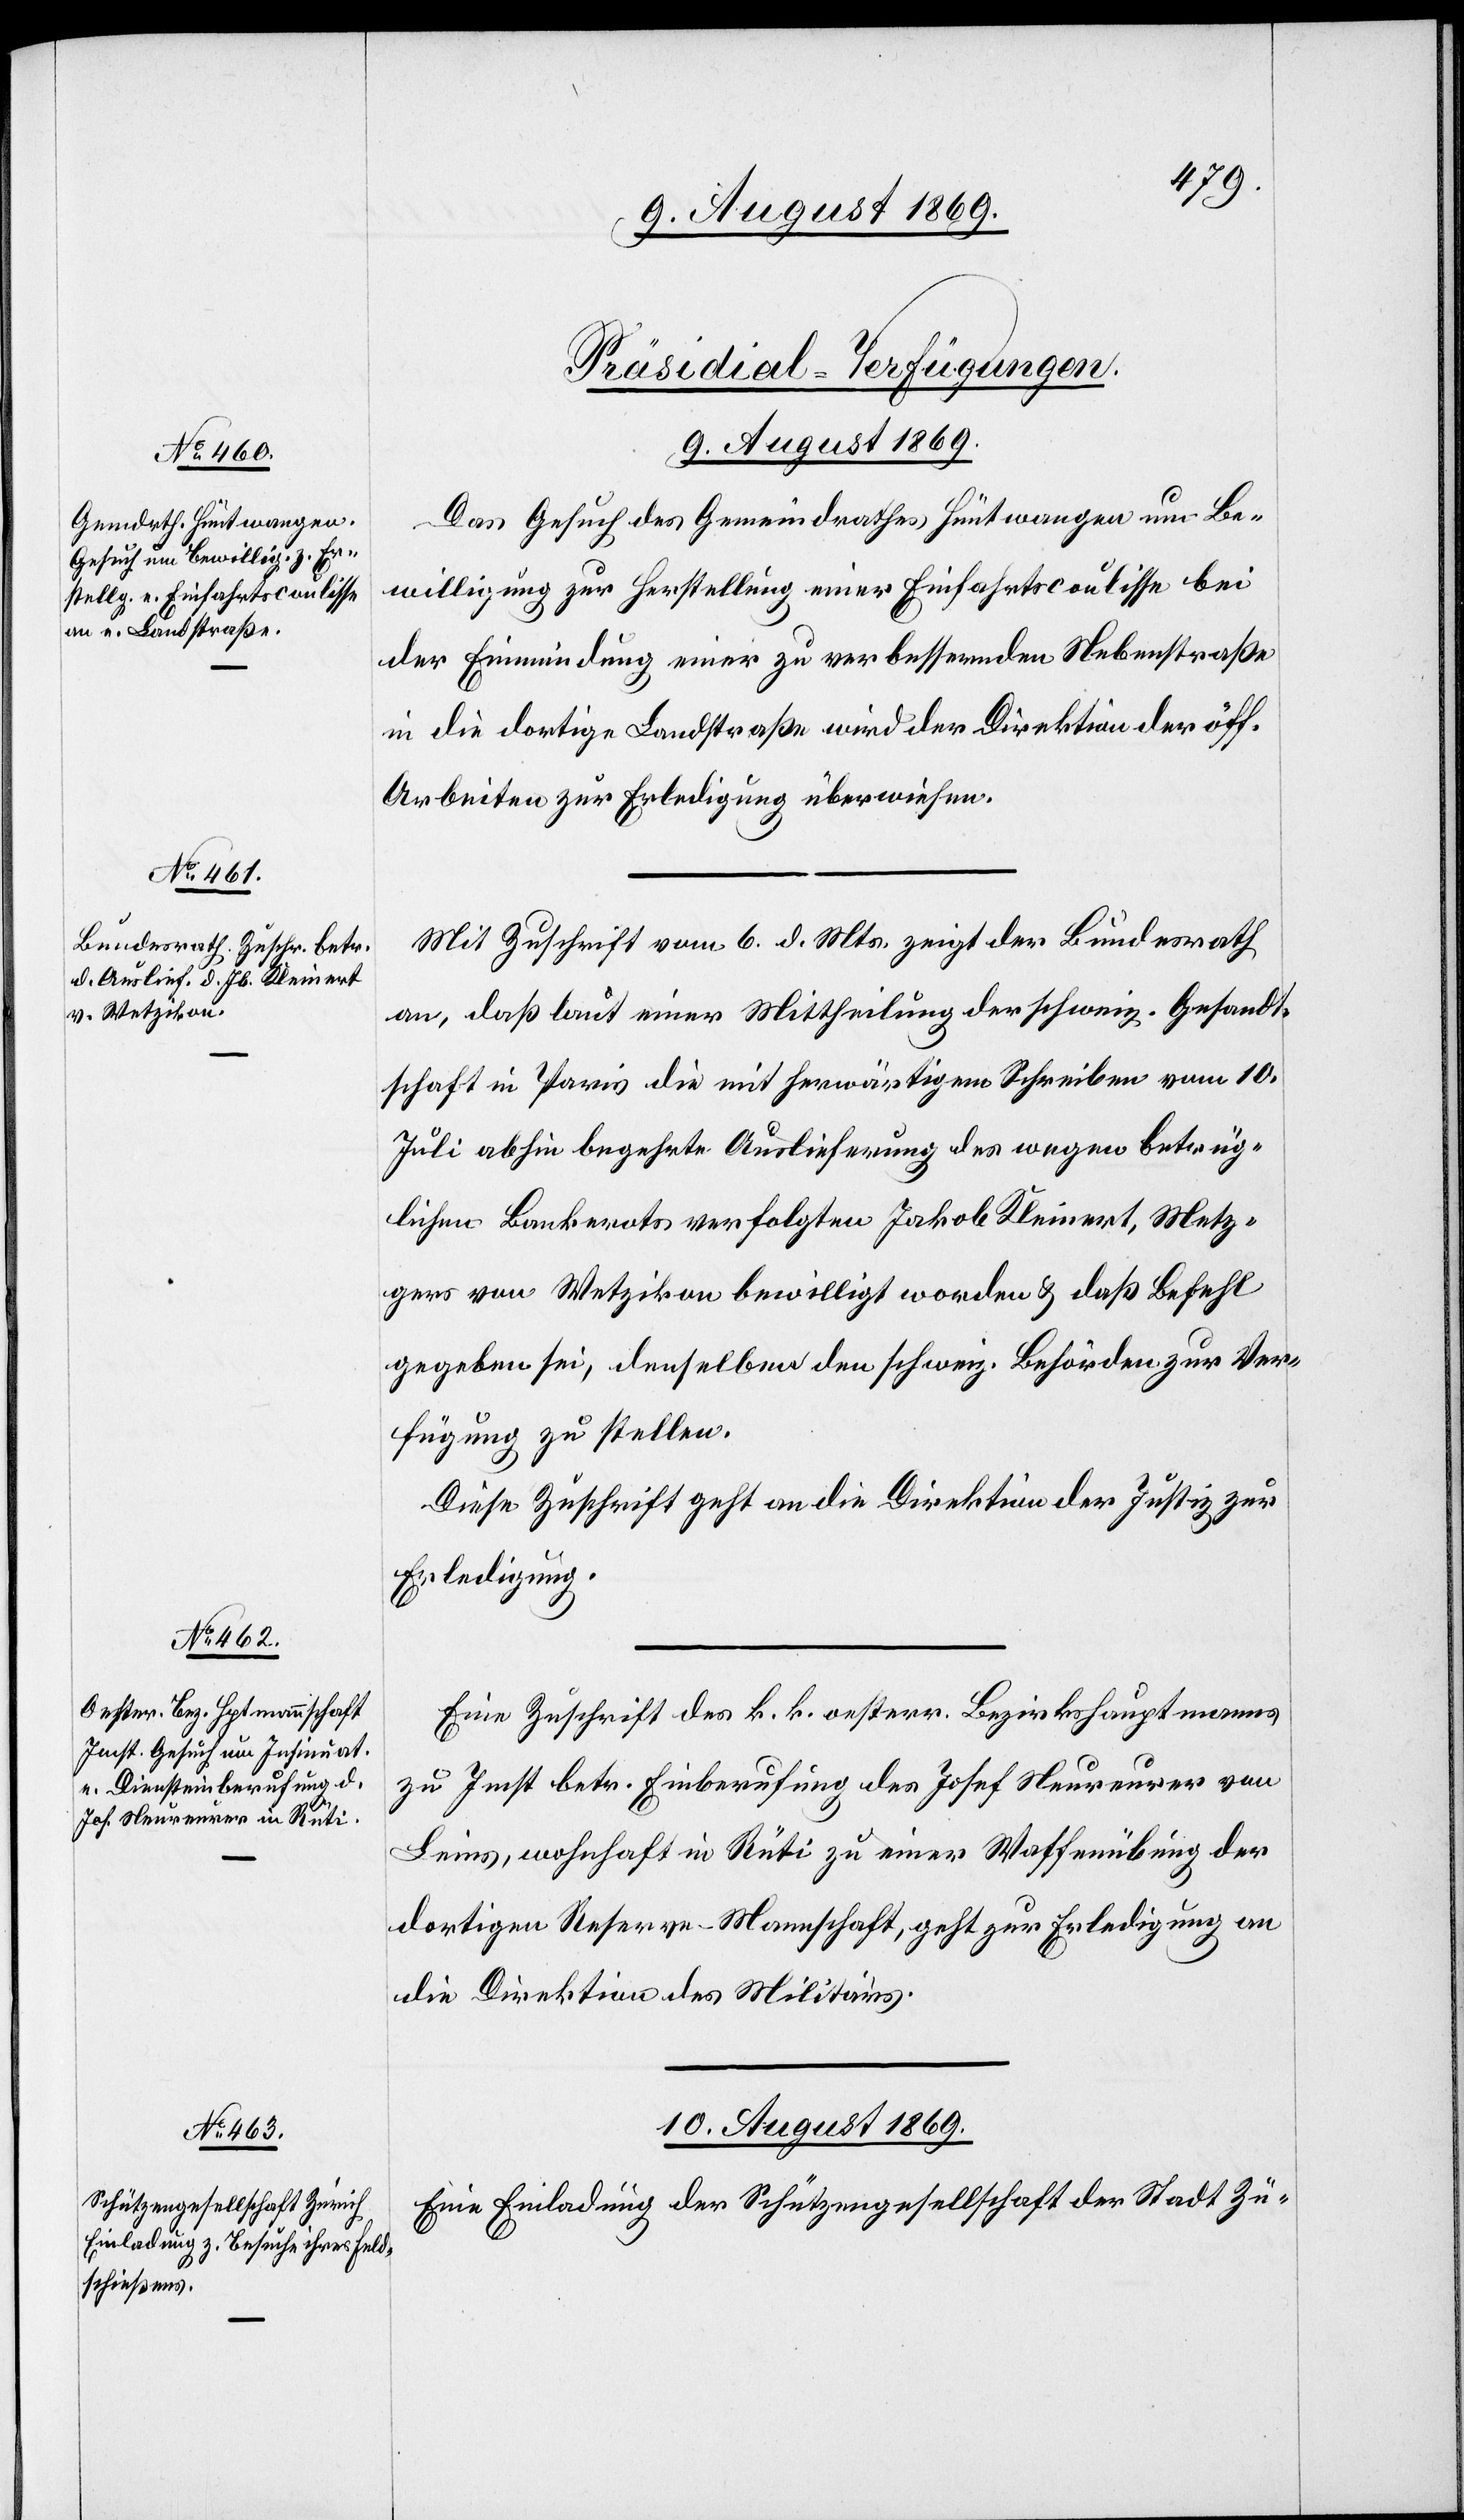
[Präsidial-Verfügungen.]
9. August 1869.]
Das Gesuch des Gemeindrathes Hüntwangen um Be¬
willigung zur Herstellung einer Einfahrtscoulisse bei
der Einmündung einer zu verbessernden Nebenstraße
in die dortige Landstraße wird der Direktion der öff.
Arbeiten zur Erledigung überwiesen.
Mit Zuschrift vom 6. d. Mts. zeigt der Bundesrath
an, daß laut einer Mittheilung der schweiz. Gesandt¬
schaft in Paris die mit herwärtigem Schreiben vom 10.
Juli abhin begehrte Auslieferung des wegen betrüg¬
lichen Bankerots verfolgten Jakob Kleinert, Metz¬
ger von Wetzikon bewilligt worden & daß Befehl
gegeben sei, denselben den schweiz. Behörden zur Ver¬
fügung zu stellen.
Diese Zuschrift geht an die Direktion der Justiz zur
Erledigung.
Eine Zuschrift des k. k. oesterr. Bezirkshauptmanns
zu Imst betr. Einberufung des Josef Neururer von
Leins, wohnhaft in Rüti zu einer Waffenübung der
dortigen Reserve-Mannschaft, geht zur Erledigung an
die Direktion des Militärs.
10. August 1869.
Eine Einladung der Schützengesellschaft der Stadt Zü-